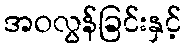
အဝလွန်ခြင်းနှင့်